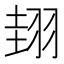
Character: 𦐰